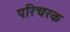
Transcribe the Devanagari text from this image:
परिचरक